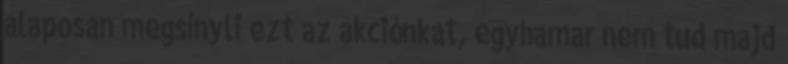
alaposan megsínyli ezt az akciónkat, egyhamar nem tud majd